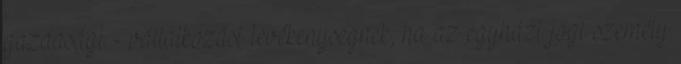
gazdasági - vállalkozási tevékenységnek, ha az egyházi jogi személy